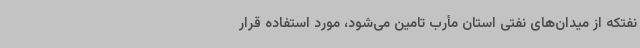
نفتکه از میدان‌های نفتی استان مأرب تامین می‌شود، مورد استفاده قرار